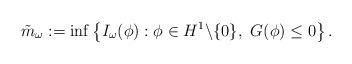
LaTeX: \begin{align*} \tilde{m}_\omega:= \inf \left\{I_\omega(\phi) : \phi \in H^1\backslash \{0\},\ G(\phi)\leq 0\right\}.\end{align*}